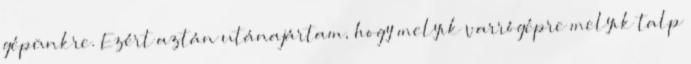
gépünkre. Ezért aztán utánajártam, hogy melyik varrógépre melyik talp